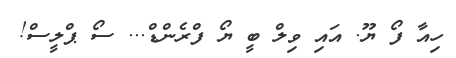
ހިއާ ފޯ ޔޫ. އައި ވިލް ބީ ޔޯ ފްރެންޑް... ސޯ ޕްލީސް!